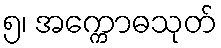
၅၊ အက္ကောဓသုတ်